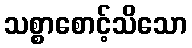
သစ္စာစောင့်သိသော